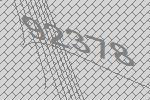
92378